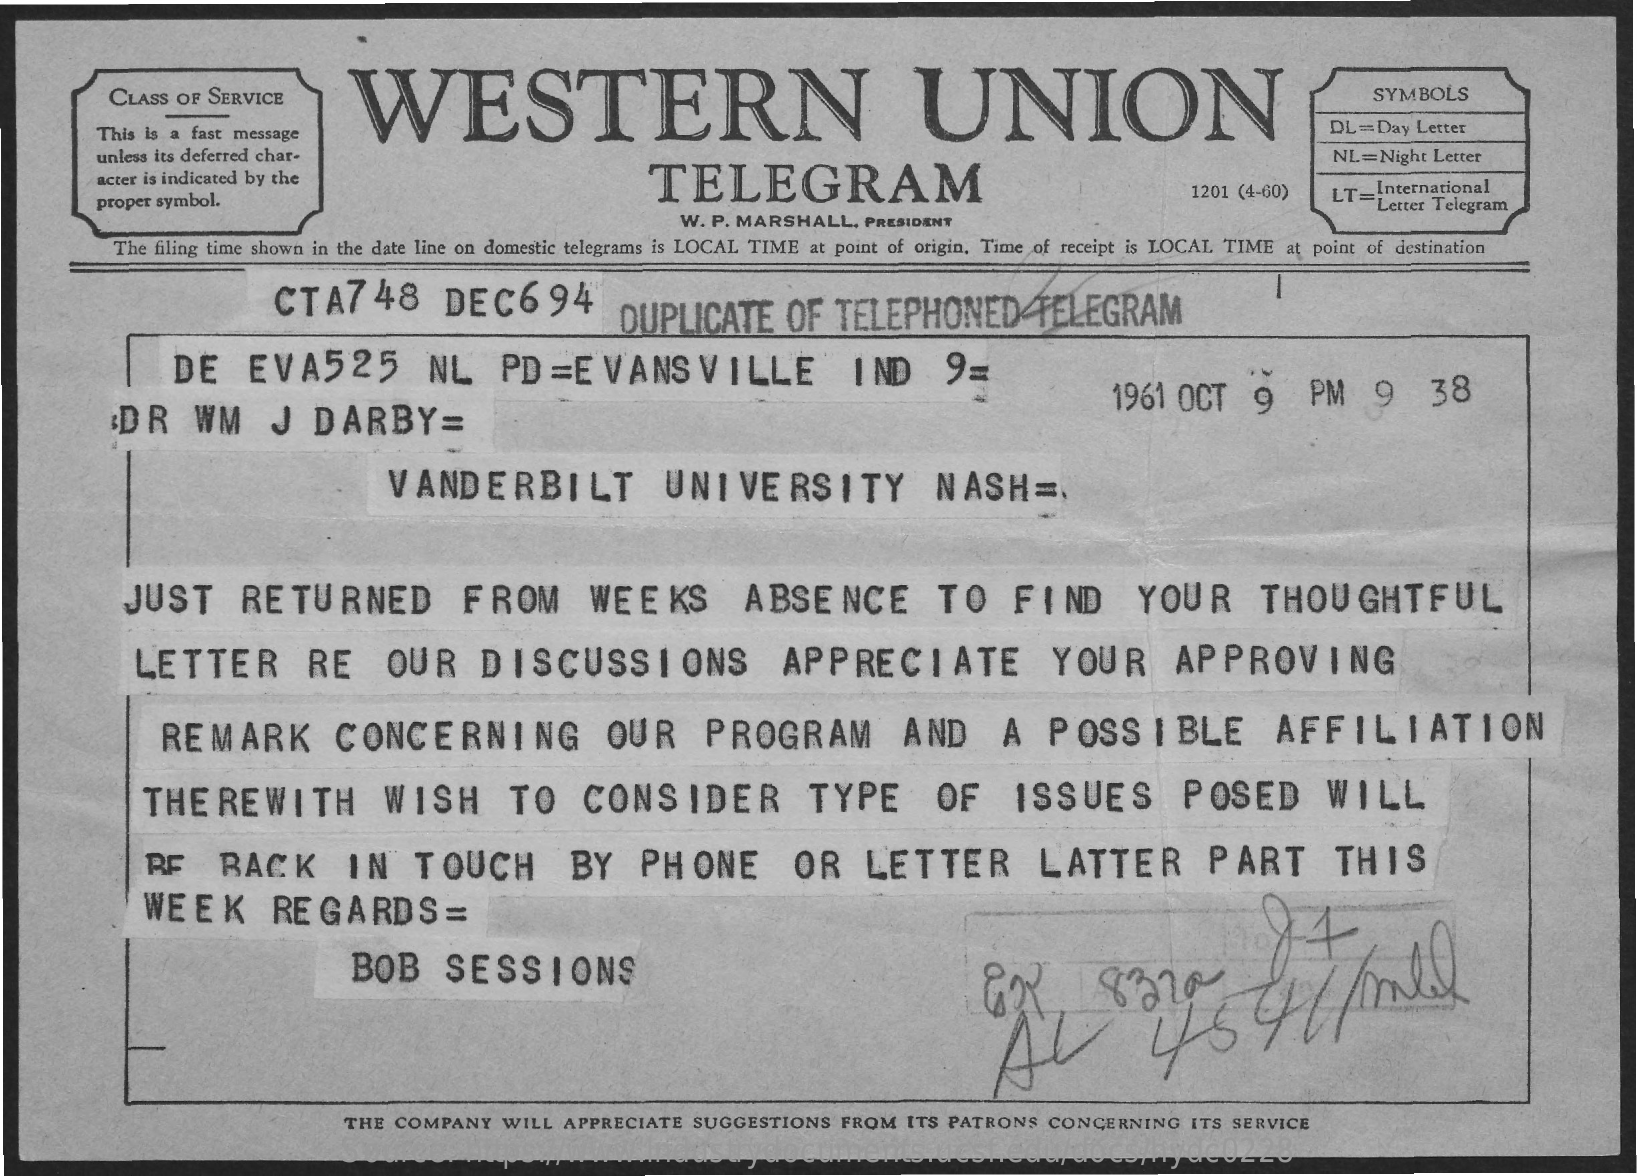
CLASS OF SERVICE    WESTERN    UNION
     SYMBOLS
     This is a fast message    DL=Day  Letter
     unless its deferred char-
     TELEGRAM
     NL=Night Letter
     acter is indicated by the
     proper symbol.    1201 (4-60)  LT= International
     W. P. MARSHALL, PRESIDENT
     Letter Telegram
     The filing time shown in the date line on domestic telegrams is LOCAL TIME at point of origin. Time of receipt is LOCAL TIME at point of destination
     CTA748    DEC694    DUPLICATE    OF   TELEPHONED    TELEGRAM
     DE    EVA525    NL    PD  =EVANSVILLE    IND    9=
     DR    WM    J  DARBY=
     1961  OCT   9    PM    9    38
     VANDERBILT    UNIVERSITY    NASH    =,
     JUST    RETURNED    FROM    WEEKS    ABSENCE    TO    FIND    YOUR    THOUGHTFUL
     LETTER    RE    OUR    DISCUSSIONS    APPRECIATE    YOUR    APPROVING
     REMARK    CONCERNING    OUR    PROGRAM    AND    A   POSSIBLE    AFFILIATION
     THE   REWITH    WISH    TO    CONSIDER    TYPE    OF    ISSUES    POSED    WILL
     RF    BACK    IN    TOUCH    BY    PHONE    OR    LETTER    LATTER    PART    THIS
     WEEK    REGARDS=
     BOB    SESSIONS
     THE COMPANY   WILL APPRECIATE SUGGESTIONS  FROM  ITS PATRONS CONCERNING   ITS SERVICE
     Source:    https://www.industrydocuments.ucsf.edu/docs/hydc0228